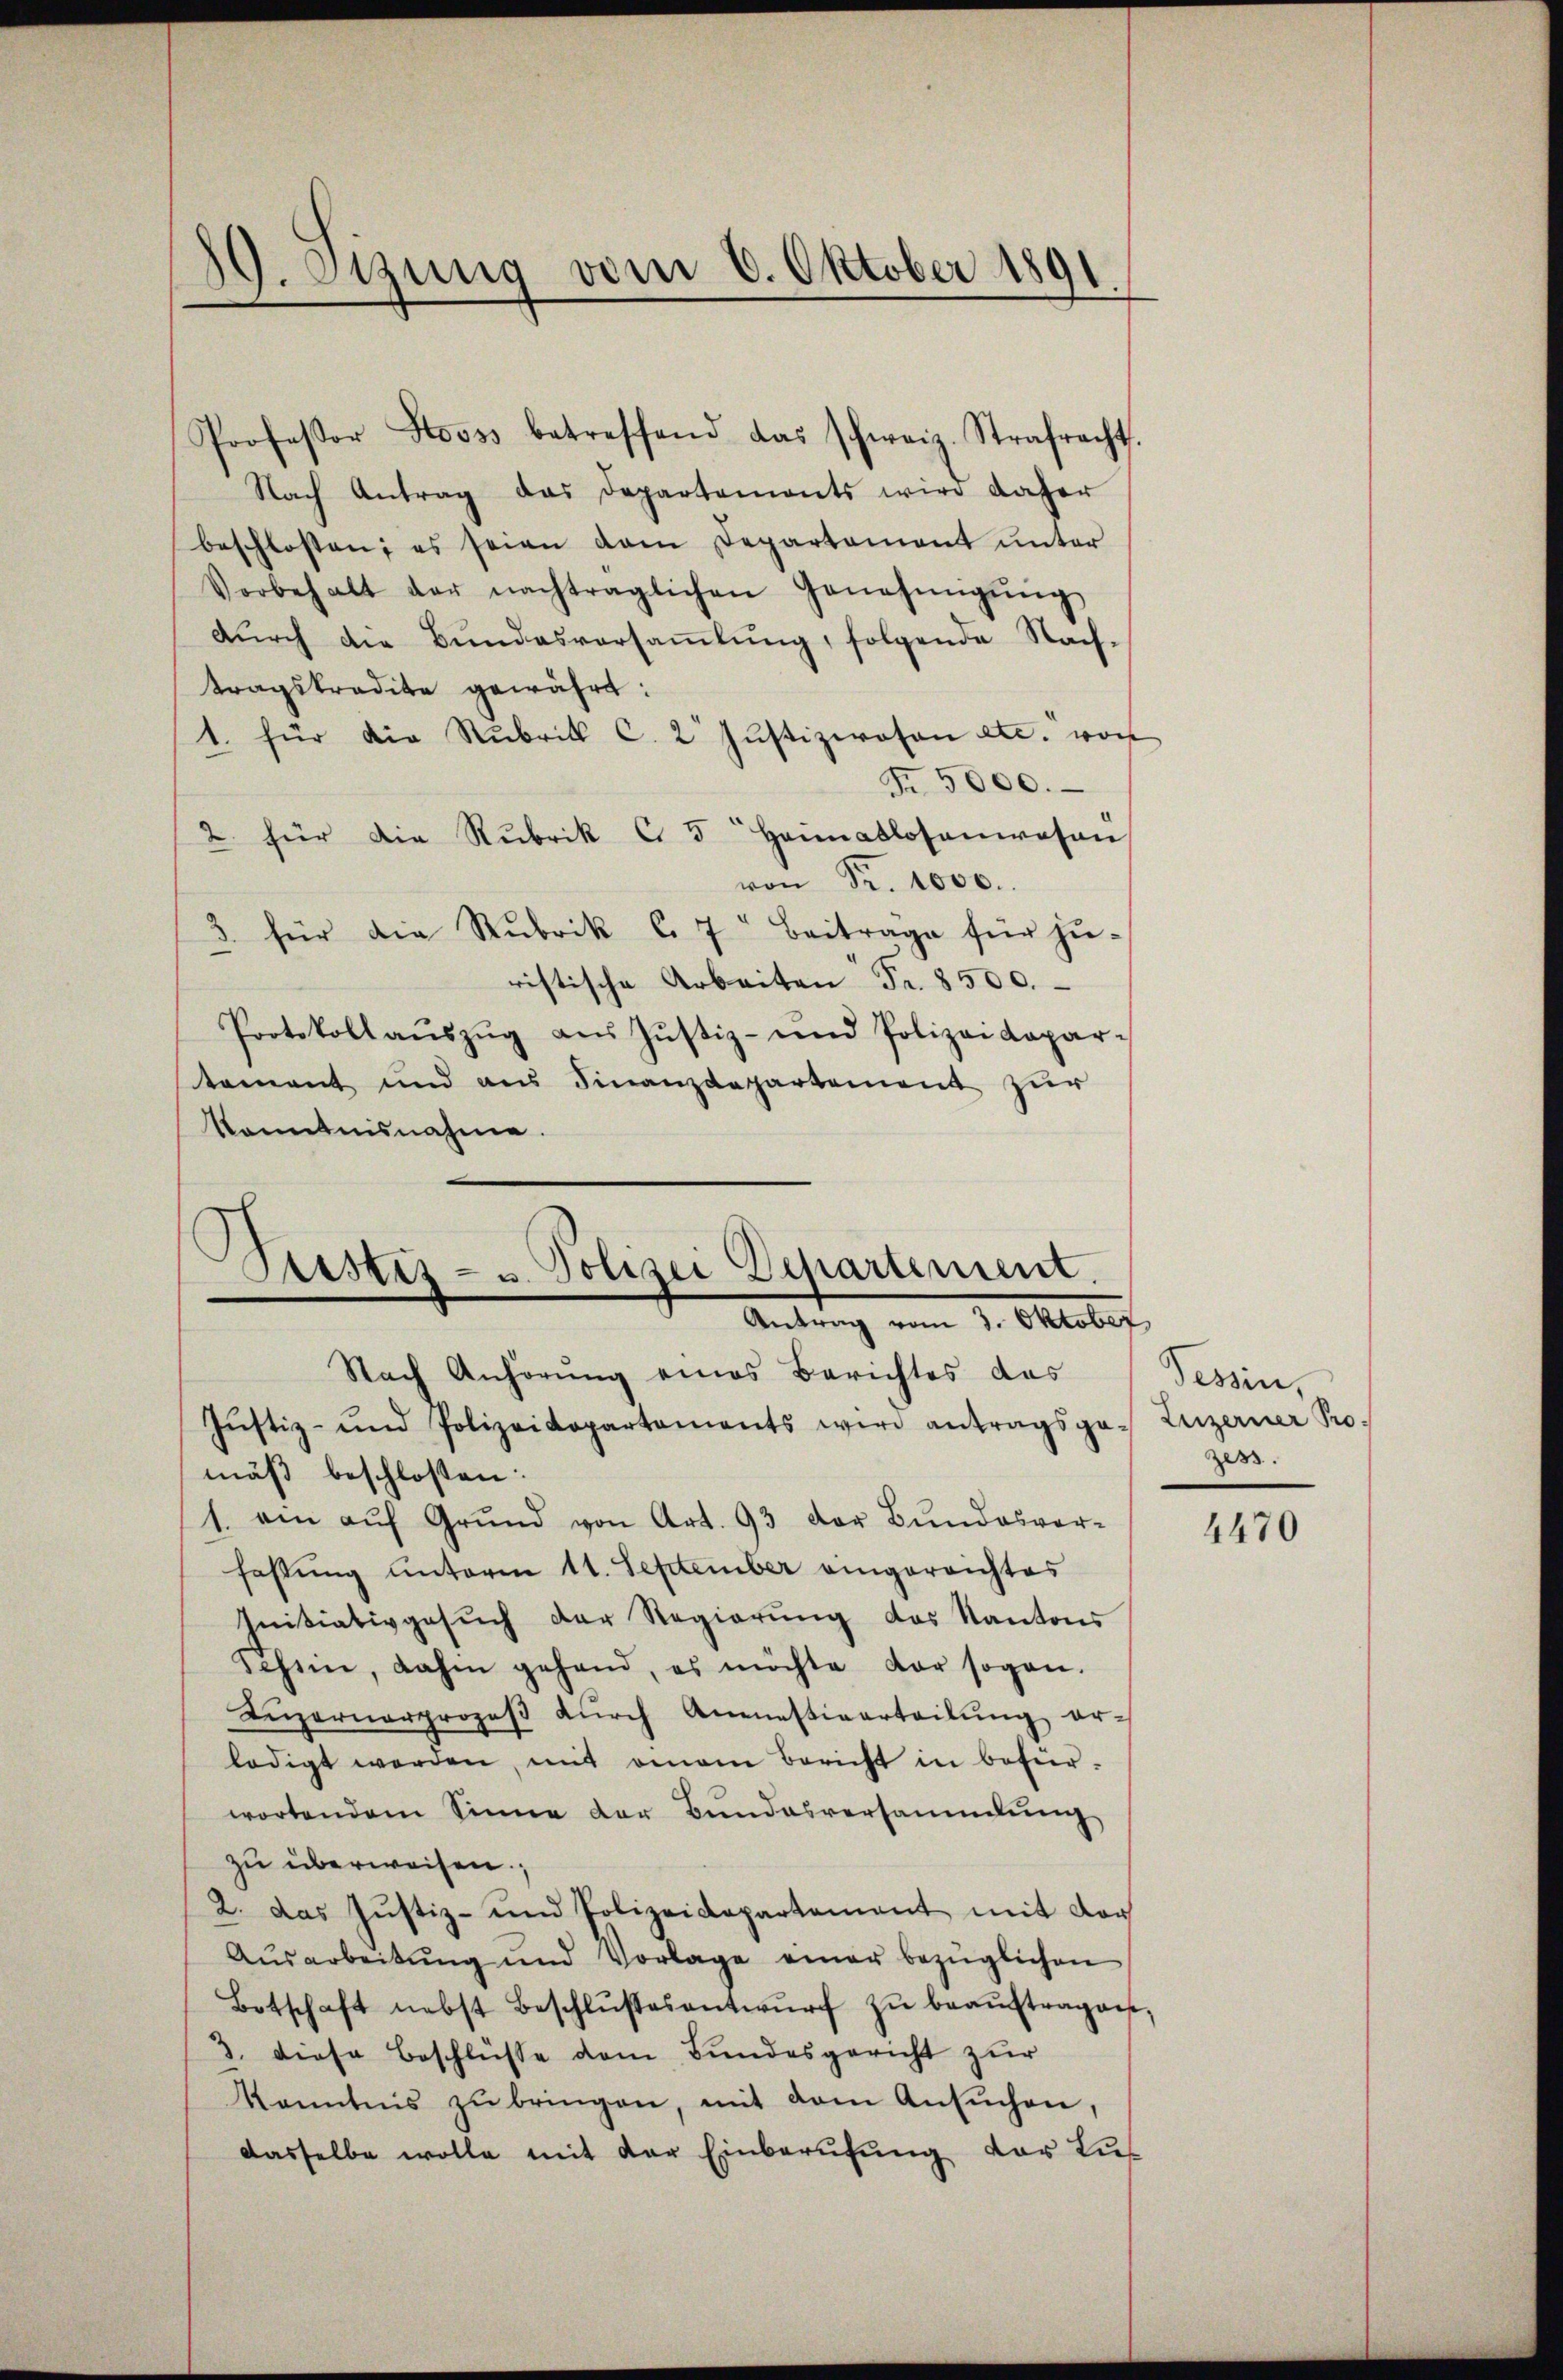
19. Otzung vom 6. Oktober 1891

Nach Antrag das Departements wird daher
beschlossen; es seien dem Departement unter
Vorbehalt der nachträglichen Genehmigŭng,
dŭrch die Bŭndesversaṁlŭng, folgende Nach-
tragskredite gewährt:
1. für die Rubrik C.2 Jŭstizwesen etc. von
Fr. 5000.
2 für die Rubrik C. 5 Heimatlosenwesen
von Sr. 1000.
3. für die Rubrik C. 7 Beiträge für ju-
ristische Arbeiten Fr. 8500.
Protokoll aŭszŭg aŭs Jŭstiz- und Polizeikapar-
tament und aus Finanzdepartement zur
konntnisnahme.

Professor Stooss betreffend das schweiz. Strafrecht.

Justiz- u. Polizei Departement.
Antrag vom 3. Oktober
Nach Anhörung eines Berichtes das
Jŭstiz- und Polizeidepartements wird antragsge- Luzerner Pro¬

Tessin,
zes.

mäß beschlossen:
s. am aŭf Grŭnd von Art. 93 der Bŭndesver-
fassung unterm 11. September eingereichtes
Initiativgesŭch der Regierŭng des Kantons
Schein, dahm gehand, es möchte der sogan.
Lŭzernerprozeβ dŭrch Anastiverteilŭng er-
ledigt werden, mit einem bericht in befürwortendem Sinne der Bundesversammlung
zu überweisen.
2. das Justiz- und Polizeidepartement mit Vor
Ausarbeitŭng und Vorlage einer bezüglichen
Botschaft nebst Beschlŭsses antwŭrf zŭ beaŭftragen,
3. diese Beschlüsse dem Bundesgericht zur
Kenntnis zŭ bringen, mit dem Ansŭchen,
dasselbe wolle mit der Einberufung vor Lus

4470